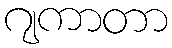
ဂျကာတာ